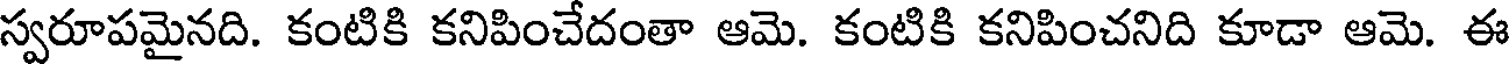
స్వరూపమైనది. కంటికి కనిపించేదంతా ఆమె. కంటికి కనిపించనిది కూడా ఆమె. ఈ